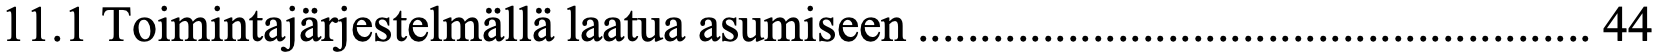
11.1 Toimintajärjestelmällä laatua asumiseen ...................................................... 44